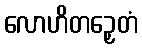
လောဟိတဉှေတံ